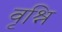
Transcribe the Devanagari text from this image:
वृश्नि